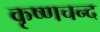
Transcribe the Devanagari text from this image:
कृष्णचन्द